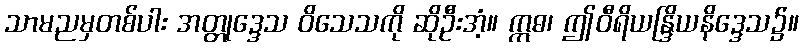
သာမညမှတစ်ပါး အတ္တုဒ္ဒေသ ဝိသေသကို ဆိုဦးအံ့။ ဣဓ၊ ဤဝီရိယန္ဒြိယနိဒ္ဒေသ၌။